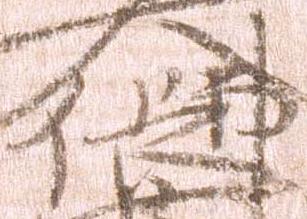
仏